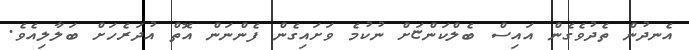
އެނދުން ތެދުވެގެން އައިސް ބެލްކަންޏަށް ނުކުމެ ވަށައިގެން ފެންނަން އޮތް އުދަރެހަށް ބަލާލިއެވެ.